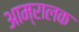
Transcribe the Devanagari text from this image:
आम्रालक